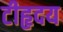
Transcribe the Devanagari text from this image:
टीहृदय